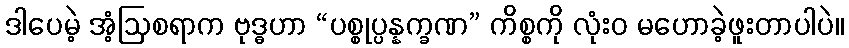
ဒါပေမဲ့ အံ့ဩစရာက ဗုဒ္ဓဟာ “ပစ္စုပ္ပန္နက္ခဏ” ကိစ္စကို လုံးဝ မဟောခဲ့ဖူးတာပါပဲ။